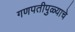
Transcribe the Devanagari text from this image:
गणपतीपुळ्याचे